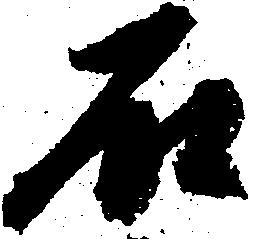
石